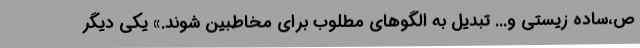
ص،ساده زیستی و... تبدیل به الگوهای مطلوب برای مخاطبین شوند.» یکی دیگر